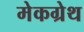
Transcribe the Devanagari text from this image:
मेकग्रेथ